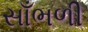
સાઁભળી